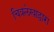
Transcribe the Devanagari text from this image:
चित्रलेखाद्वारा